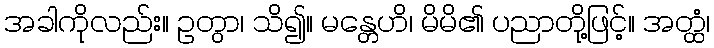
အခါကိုလည်း။ ဥတွာ၊ သိ၍။ မန္တေဟိ၊ မိမိ၏ ပညာတို့ဖြင့်။ အတ္ထံ၊